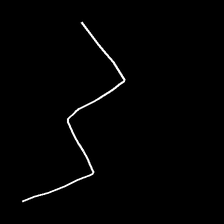
Glyph: crush